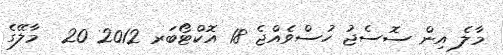
މާލެ އިން ސޮސެޖު ހުސްވެއްޖެ 18 އޮކްޓޯބަރ 2012 20  މާލޭގެ